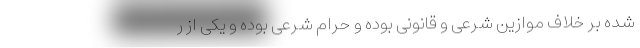
شده بر خلاف موازین شرعی و قانونی بوده و حرام شرعی بوده و یکی از ر